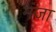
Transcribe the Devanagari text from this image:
मंजा